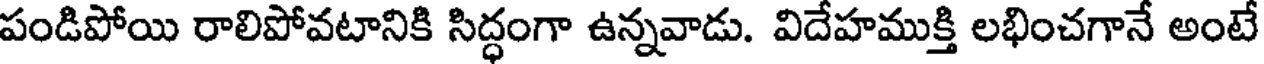
పండిపోయి రాలిపోవటానికి సిద్ధంగా ఉన్నవాడు. విదేహముక్తి లభించగానే అంటే